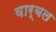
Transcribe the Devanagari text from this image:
वार्बल